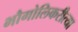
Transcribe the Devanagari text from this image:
भौगोलिकरीत्या